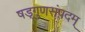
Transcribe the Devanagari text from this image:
षड्गुणसंपदम्‌